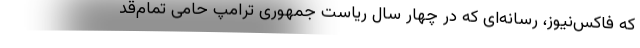
که فاکس‌نیوز، رسانه‌ای که در چهار سال ریاست جمهوری ترامپ حامی تمام‌قد